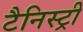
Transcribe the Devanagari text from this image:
टैनिस्ट्री